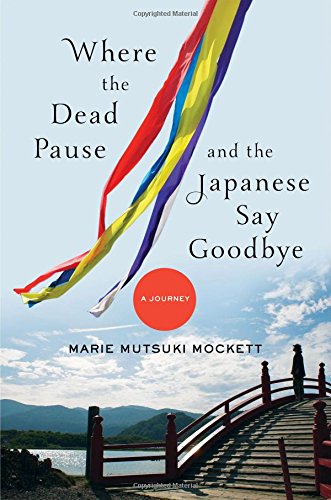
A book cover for Where the Dead Pause, and the Japanese Say Goodbye: A Journey; Marie Mutsuki Mockett; Biographies & Memoirs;